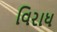
વિરાધ